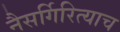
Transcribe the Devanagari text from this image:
नैसर्गिरित्याच